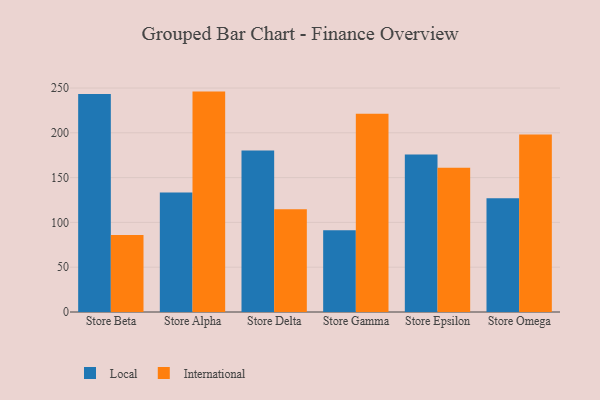
{"axis": {"x": "Store", "y": "Demand Index"}, "legend": ["International", "Local"], "data": [{"x": "Store Beta", "y": 243.3, "type": "Local"}, {"x": "Store Beta", "y": 85.9, "type": "International"}, {"x": "Store Alpha", "y": 133.4, "type": "Local"}, {"x": "Store Alpha", "y": 246.0, "type": "International"}, {"x": "Store Delta", "y": 180.2, "type": "Local"}, {"x": "Store Delta", "y": 114.6, "type": "International"}, {"x": "Store Gamma", "y": 91.2, "type": "Local"}, {"x": "Store Gamma", "y": 221.3, "type": "International"}, {"x": "Store Epsilon", "y": 175.7, "type": "Local"}, {"x": "Store Epsilon", "y": 161.1, "type": "International"}, {"x": "Store Omega", "y": 127.1, "type": "Local"}, {"x": "Store Omega", "y": 198.2, "type": "International"}]}